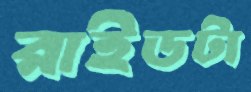
রাইডটা